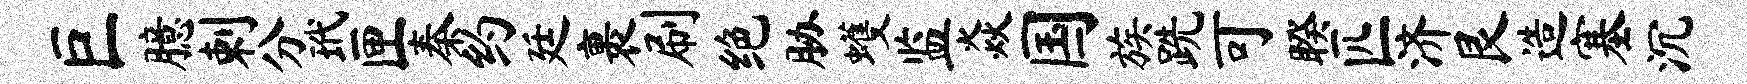
巨臆剌分玳匣秦约廷裹刷绝胁蠖监焱国族跣可睽匹济艮造塞沉